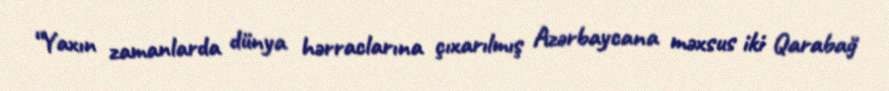
“Yaxın zamanlarda dünya hərraclarına çıxarılmış Azərbaycana məxsus iki Qarabağ